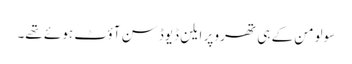
سولومن کے ہی تھرو پر ایلن ڈیوڈسن آؤٹ ہوئے تھے۔